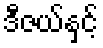
ဒီဇယ်နှင့်